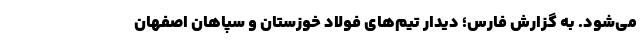
می‌شود. به گزارش فارس؛ دیدار تیم‌های فولاد خوزستان و سپاهان اصفهان